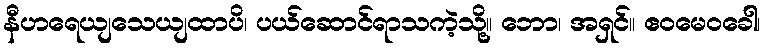
နီဟရေယျသေယျထာပိ၊ ပယ်ဆောင်ရာသကဲ့သို့။ ဘော၊ အရှင်။ ဧဝမေဝခေါ၊